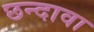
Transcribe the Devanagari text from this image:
छन्दावा